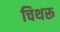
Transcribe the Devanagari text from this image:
चिथरू